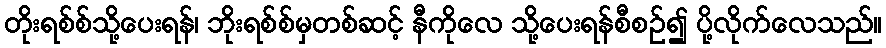
တိုးရစ်စ်သို့ပေးရန်၊ ဘိုးရစ်စ်မှတစ်ဆင့် နီကိုလေ သို့ပေးရန်စီစဉ်၍ ပို့လိုက်လေသည်။